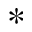
\ast